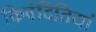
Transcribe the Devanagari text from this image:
किवंदितियां